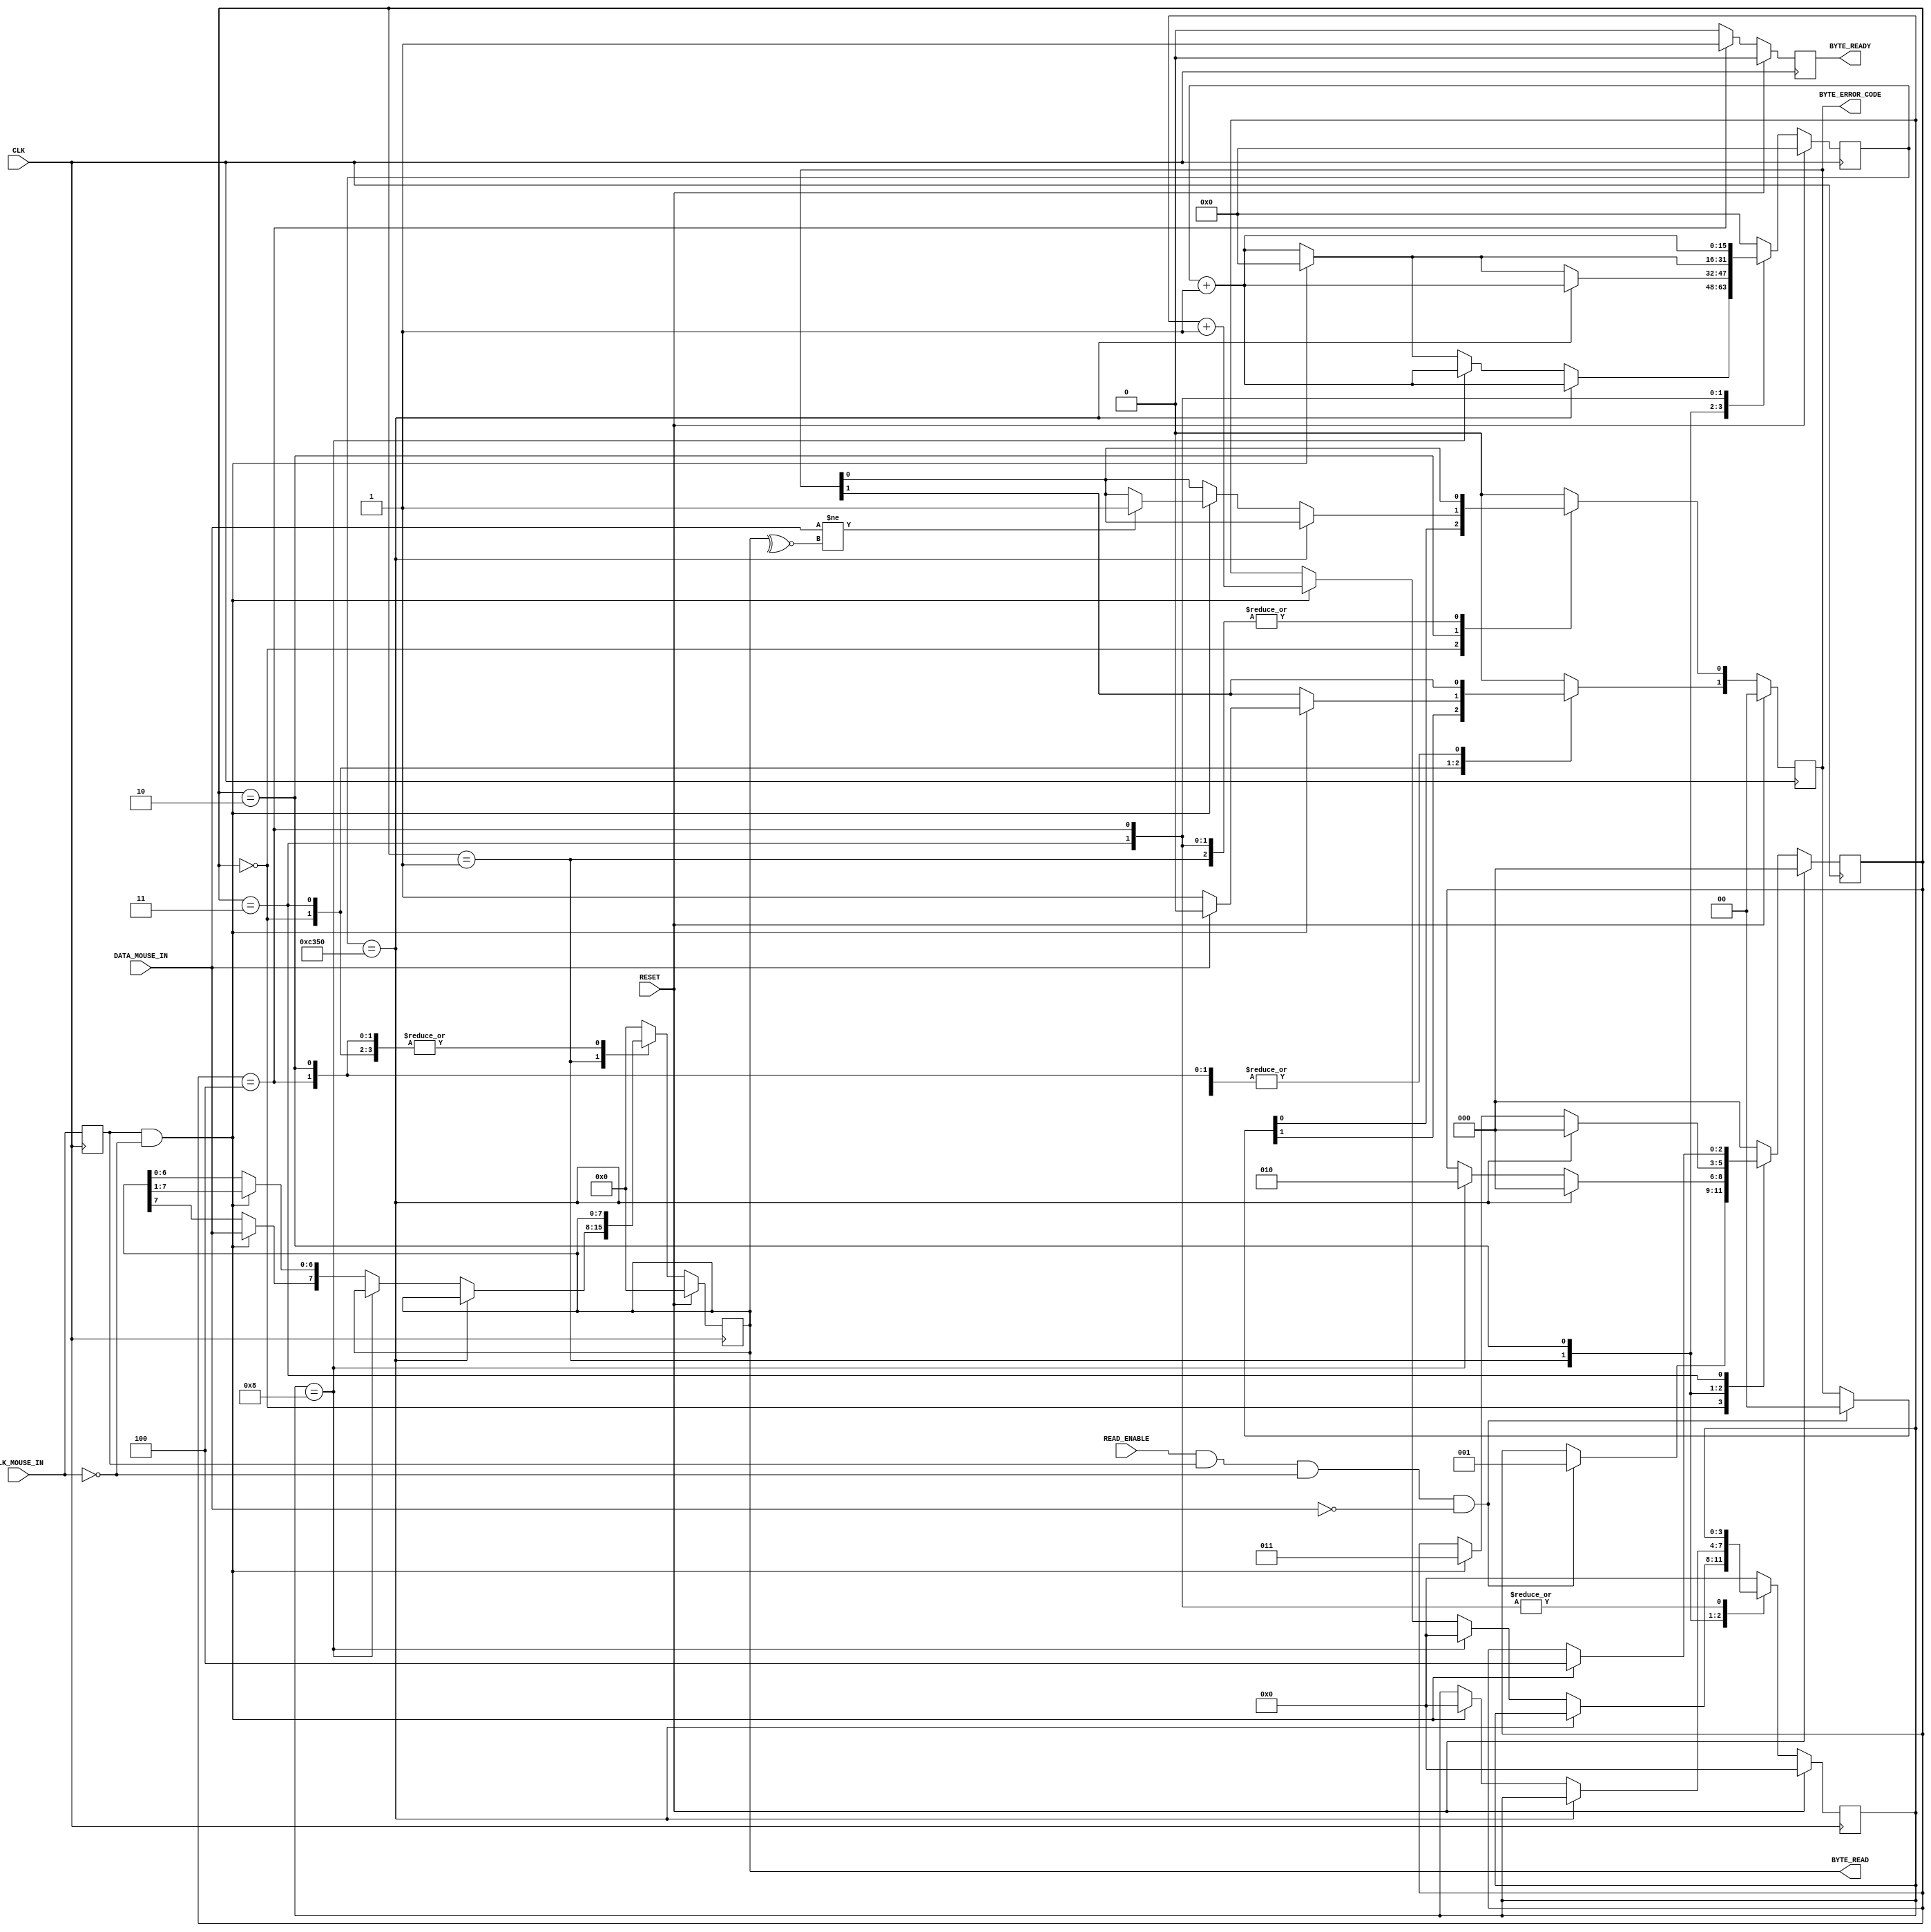
`timescale 1ns / 1ps
//////////////////////////////////////////////////////////////////////////////////
// Company: University of Edinburgh
// 
// Design Name: Mouse Driver
// Module Name: MouseReceiver
// Project Name: Digital Systems Laboratory
// Target Devices: Basys3 FPGA Board
// Tool Versions: Vivado 2015.2
// Description: Module to allow host to receive Data from the Mouse.
// 
// Dependencies: none
// 
// Revision:
// Revision 0.01 - File Created
// Additional Comments:
// 
//////////////////////////////////////////////////////////////////////////////////


module MouseReceiver(

    // Standard Inputs
    input               RESET,
    input               CLK,
    // Mouse IO - CLK
    input               CLK_MOUSE_IN,
    // Mouse IO - DATA
    input               DATA_MOUSE_IN,
    //Control
    input               READ_ENABLE,
    output [7:0]        BYTE_READ, // Value of the Byte received.
    output [1:0]        BYTE_ERROR_CODE,
    output              BYTE_READY // Confirms Byte was received.                 
    );
    
    //*****************************************//
    //*****************************************//
    // Clk Mouse delayed to detect clock edges
    reg ClkMouseInDLY;
    always@(posedge CLK)
           ClkMouseInDLY <= CLK_MOUSE_IN;
    
    //*****************************************//
    // A Simple state machine to handle the incoming 11-bit codewords
    reg [2:0]           Curr_State, Next_State;
    reg [7:0]           Curr_MSCodeShiftReg, Next_MSCodeShiftReg;
    reg [3:0]           Curr_BitCounter, Next_BitCounter;
    reg                 Curr_ByteReceived, Next_ByteReceived;
    reg [1:0]           Curr_MSCodeStatus, Next_MSCodeStatus;
    reg [15:0]          Curr_TimeoutCounter, Next_TimeoutCounter;
    
    
    //*****************************************//
    // Sequential
    always@(posedge CLK) begin
            // Resets all states to 0
            if(RESET) begin
                    Curr_State              <= 3'b000;
                    Curr_MSCodeShiftReg     <= 8'h00;
                    Curr_BitCounter         <= 0;
                    Curr_ByteReceived       <= 1'b0;
                    Curr_MSCodeStatus       <= 2'b00;
                    Curr_TimeoutCounter     <= 0;
            // Cycle to the next state at posedge of the CLK
            end else begin
                    Curr_State              <= Next_State;
                    Curr_MSCodeShiftReg     <= Next_MSCodeShiftReg;
                    Curr_BitCounter         <= Next_BitCounter;
                    Curr_ByteReceived       <= Next_ByteReceived;
                    Curr_MSCodeStatus       <= Next_MSCodeStatus;
                    Curr_TimeoutCounter     <= Next_TimeoutCounter;
             end
     end
     
     
     //****************************************//
     // Combinatorial
     always@* begin
            // defaults to make the State Machine more readable, states stay the same by default
            Next_State              = Curr_State;
            Next_MSCodeShiftReg     = Curr_MSCodeShiftReg;
            Next_BitCounter         = Curr_BitCounter;
            Next_ByteReceived       = 1'b0;
            Next_MSCodeStatus       = Curr_MSCodeStatus;
            Next_TimeoutCounter     = Curr_TimeoutCounter + 1'b1;
            
            // The States
            case(Curr_State)
            
            3'b000: begin
                // Falling edge of Mouse clock and Mouse Data is low i.e. start bit
                if(READ_ENABLE & ClkMouseInDLY & ~CLK_MOUSE_IN & ~DATA_MOUSE_IN) begin
                    Next_State                  = 3'b001;
                    Next_MSCodeStatus           = 2'b00;
                end
                Next_BitCounter                 = 0;
                Next_TimeoutCounter             = 0;
            end
                
            // Read Successive bits of the byte sent from the mouse here
            3'b001: begin
                if(Curr_TimeoutCounter == 50000) // 0.5ms Timeout
                    Next_State                  = 3'b000;
                else if(Curr_BitCounter == 8) begin // if its the last bit, go to parity bit check
                    Next_State                  = 3'b010;
                    Next_BitCounter             = 0;
                end else if(ClkMouseInDLY & ~CLK_MOUSE_IN) begin // Shift Byte bits in
                    Next_MSCodeShiftReg [6:0]   = Curr_MSCodeShiftReg [7:1];
                    Next_MSCodeShiftReg [7]     = DATA_MOUSE_IN;
                    Next_BitCounter             = Curr_BitCounter +1;
                    Next_TimeoutCounter         = 0;
                end
            end
            
            // Check the Parity Bit
            3'b010: begin
            // Falling edge of Mouse Clock and Mouse Data is odd parity
                if(Curr_TimeoutCounter == 50000) // 0.5ms Timeout
                    Next_State                  = 3'b000;
                else if(ClkMouseInDLY & ~CLK_MOUSE_IN) begin
                    if (DATA_MOUSE_IN != ~^Curr_MSCodeShiftReg[7:0]) // Parity Bit Error
                            Next_MSCodeStatus[0] = 1'b1;
                    Next_BitCounter         = 0;
                    Next_State              = 3'b011;
                    Next_TimeoutCounter     = 0;
                end
            end
               
            //***************************************************************//
            // My Own Additional Code to Finish State Machine   
            
            // Check the Stop Bit
            3'b011: begin
                if(Curr_TimeoutCounter == 100000) // 1ms Timeout
                    Next_State                  = 3'b000;
                // Falling edge of Mouse Clock and Mouse Data is high i.e stop bit
                else if(ClkMouseInDLY & ~CLK_MOUSE_IN) begin
                    if(DATA_MOUSE_IN)
                        Next_MSCodeStatus[1] = 1'b0;
                    else
                        // else there is an error
                        Next_MSCodeStatus[1] = 1'b1;
                    
                    Next_State              = 3'b100;
                    Next_TimeoutCounter     = 0; // Reset timeout counter.
                end
            end
            
            // Final State to confirm that byte was received and then Loop Back to the beginning
            3'b100: begin
                //if(Curr_TimeoutCounter == 100000) // 1ms Timeout
                //    Next_State = 3'b000;
                //else if (CLK_MOUSE_IN & DATA_MOUSE_IN) begin
                    Next_ByteReceived = 1'b1; // Confirm byte was received.
                    Next_State = 3'b000;
                //end
            end
            
            // Default Case if nothing is happening - reset all states to 0
            default: begin
                Next_State              = 3'b000;
                Next_MSCodeShiftReg     = 8'h00;
                Next_BitCounter         = 0;
                Next_ByteReceived       = 1'b0;
                Next_MSCodeStatus       = 2'b00;
                Next_TimeoutCounter     = 0;
                    end 
            
            endcase
            
    end
    
    //**********************************************//
    //**********************************************//                    
    // Assign Statements
    assign BYTE_READY           = Curr_ByteReceived;
    assign BYTE_READ            = Curr_MSCodeShiftReg;
    assign BYTE_ERROR_CODE      = Curr_MSCodeStatus;
    

endmodule